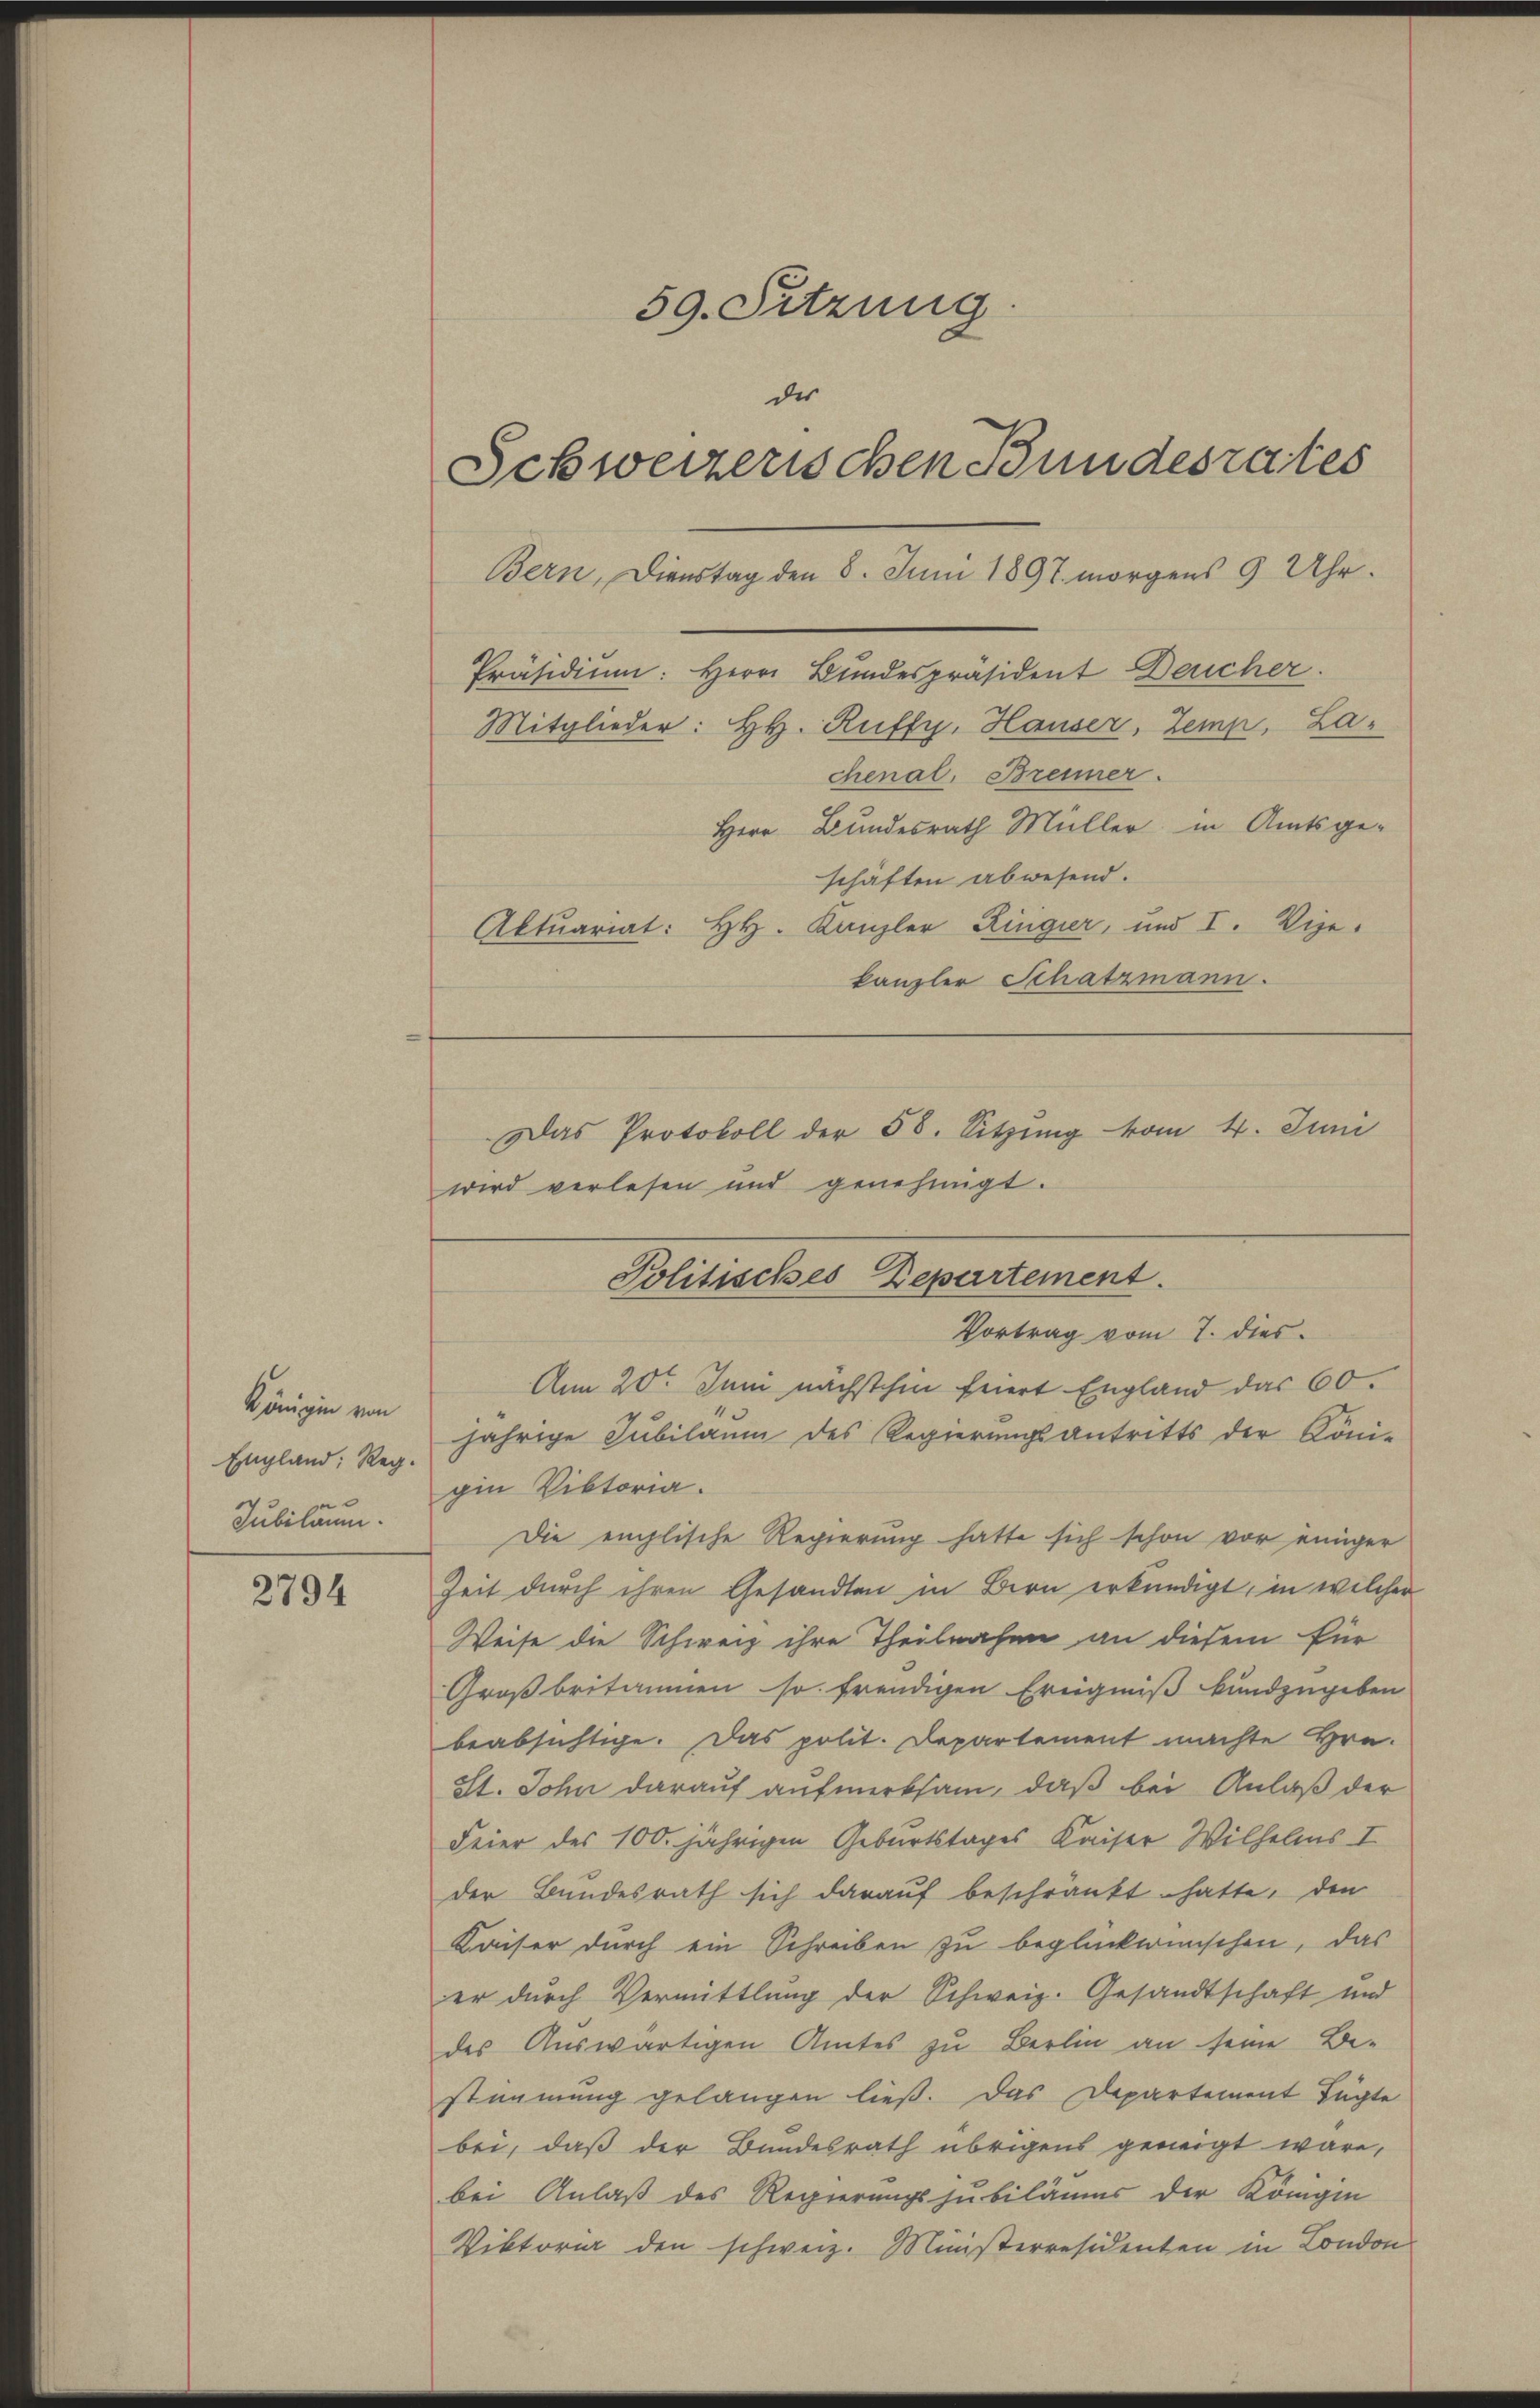
Königin von
England: Reg.
Jubiläum.

2794

59. Sitzung.
der
Schweizerischen Bundesrates

Präsidium: Herrn Bundespräsident Deucher.
Mitglieder: HH. Ruffy, Hauser, Zein, Lachenal, Brenner.
Herr Bundesrath Müller in Amtsge-
schäften abwesend.
Aktuariat: HH. Kanzler Ringier, und I. Vize-
kanzler Schatzmann.
Das Protokoll der 58. Sitzung vom 4. Juni
wird verlesen und genehmigt.
An 20t Juni nächstehen feiert England das 60.
jährige Jubiläum des Regierungsantritts der Köni-
gen Viktoria.
Die englische Regierung hatte sich schon vor einiger
Zeit durch ihren Gesandten in Bern erkundigt, in welcher
Weise die Schweiz ihre Theilnahme an diesem für
Großbritamen so freudigen Ereigniß kundzugeben
beabsichtige. Das polit. Departement machte Hrn.
St. John darauf aufmerksam, daß bei Anlaß der
Feier des 100. jährigen Geburtstages Kaiser Wilhelms I
der Bundesrath sich darauf beschränkt hatte, den
Kaiser durch ein Schreiben zu beglückwünschen, das
er durch Vermittlung der Schweiz. Gesandtschaft und
des Auswärtigen Amtes zu Berlin an seine Be-
stimmung gelangen ließ. Das Departement fügte
bei, daß der Bundesrath übrigens geneigt wäre,
bei Anlaß des Regierungsjubilämer der Königin
Viktori den schweiz. Ministerresidenten in London

Bern, Dienstag den 8. Juni 1897. morgens 9 Uhr.

Politisches Departement.
Vortrag vom 7. dies